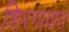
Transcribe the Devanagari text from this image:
शिरगावात